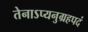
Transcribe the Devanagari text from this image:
तेनाऽप्यनुग्रहपदं